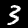
Digit: 3